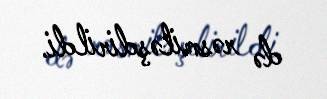
də rəsmiləşdirildi.